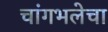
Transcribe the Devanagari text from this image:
चांगभलेचा